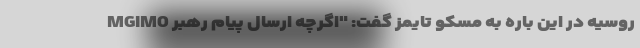
MGIMO روسیه در این باره به مسکو تایمز گفت: "اگرچه ارسال پیام رهبر